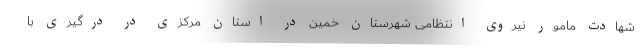
شهادت مامور نیروی انتظامی شهرستان خمین در استان مرکزی در درگیری با